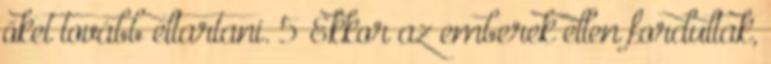
őket tovább eltartani. 5 Ekkor az emberek ellen fordultak,